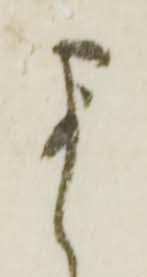
尚